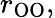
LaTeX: r_{\mathrm{OO}},